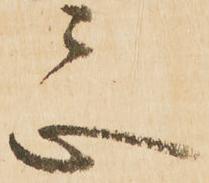
忌